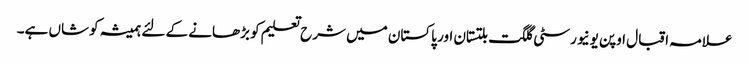
علامہ اقبال اوپن یونیورسٹی گلگت بلتستان اور پاکستان میں شرح تعلیم کو بڑھانے کے لئے ہمیشہ کوشاں ہے۔